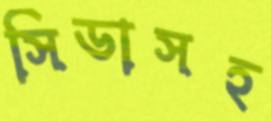
সিডাসহ